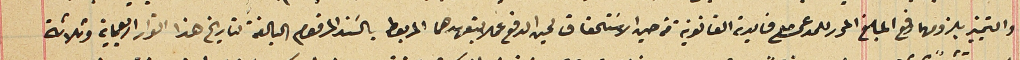
والتمييز بلزومهما دفع المبلغ المحرر للمدعى مع فايدته القانونية من حين الاسَتحقاق لحين الدفع عملا بتعهدهما المربوط بالسَند المرقوم البالغة لتاريخ هذا القرار اربعماية وثلاثة